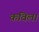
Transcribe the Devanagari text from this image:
कविला